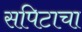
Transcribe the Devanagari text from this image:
सपिटाचा